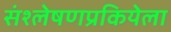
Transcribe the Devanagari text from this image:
संश्लेषणप्रकियेला